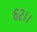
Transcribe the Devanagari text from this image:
६२।।